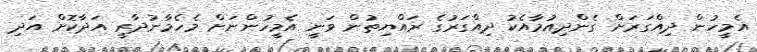
އެމީހުން ދިއްގަރަށް ގެންދިއުމާއެކު ދިއްގަރުގެ ރައްޔިތުން ވަނީ އެމީހުންނަށް މެހެމާނުދާރީ އަދާކޮށް އަދި